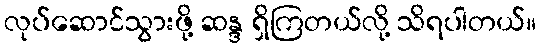
လုပ်ဆောင်သွားဖို့ ဆန္ဒ ရှိကြတယ်လို့ သိရပါတယ်။